65_HS1-834228961_62-HQ-83894_Section_1
Agency: FBI
Page 85
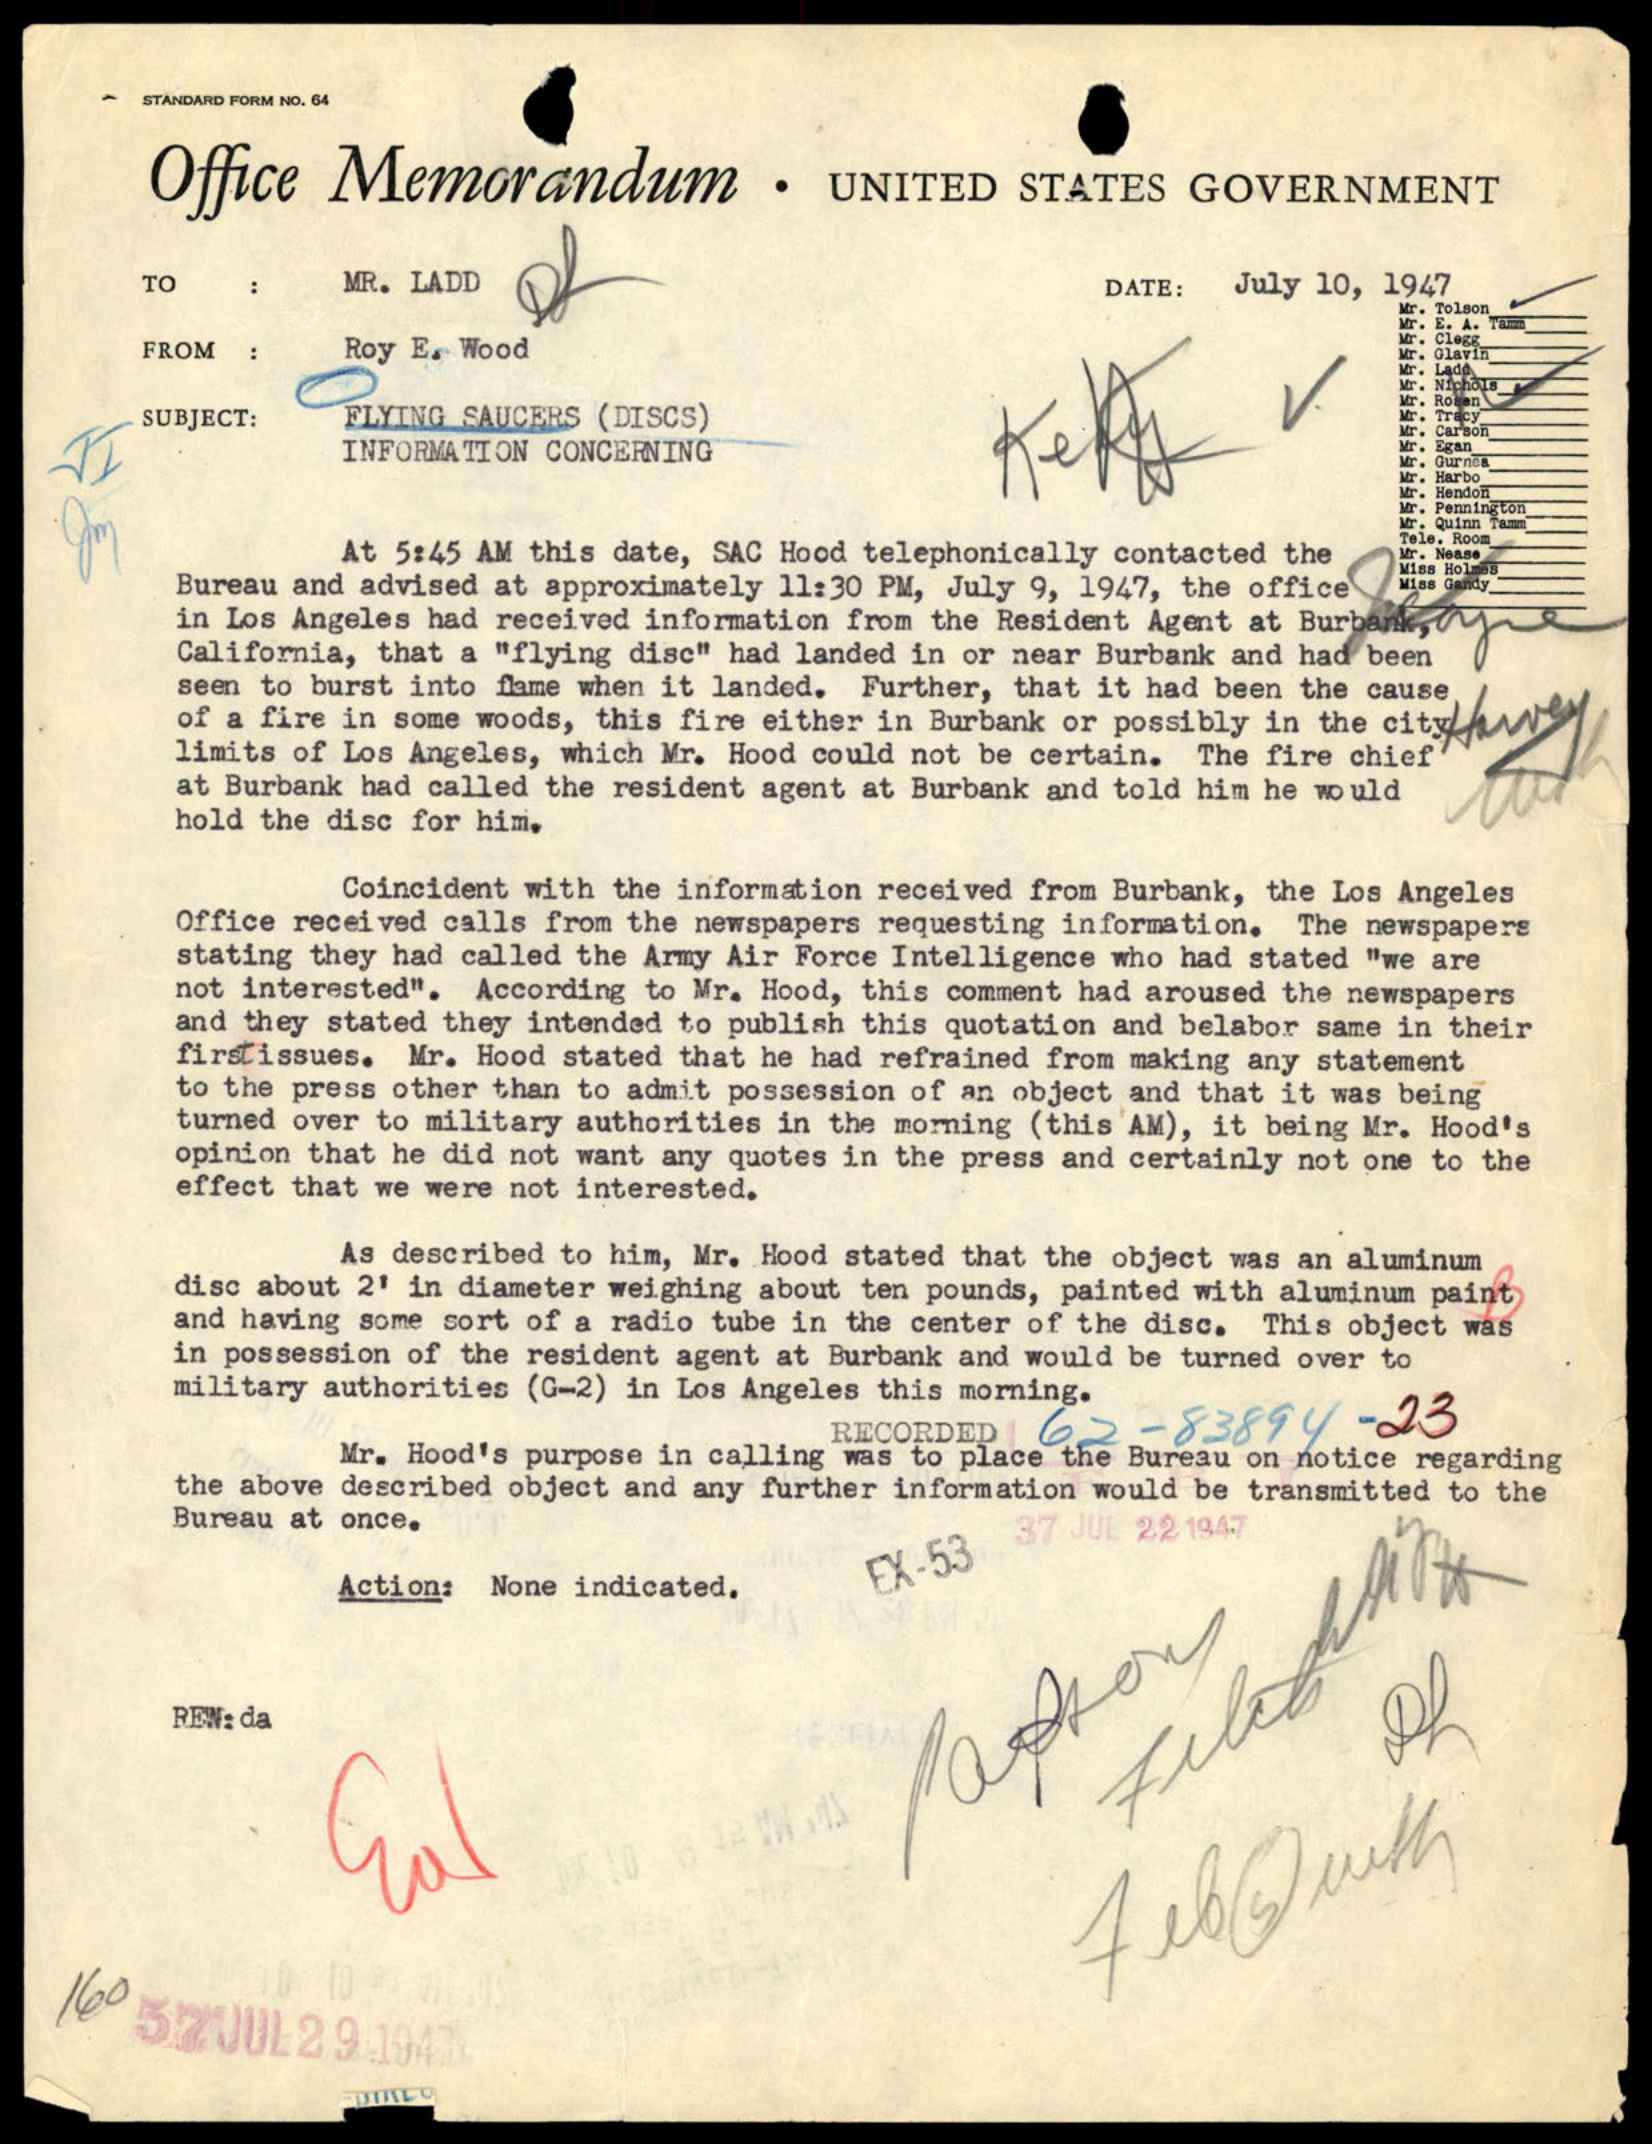